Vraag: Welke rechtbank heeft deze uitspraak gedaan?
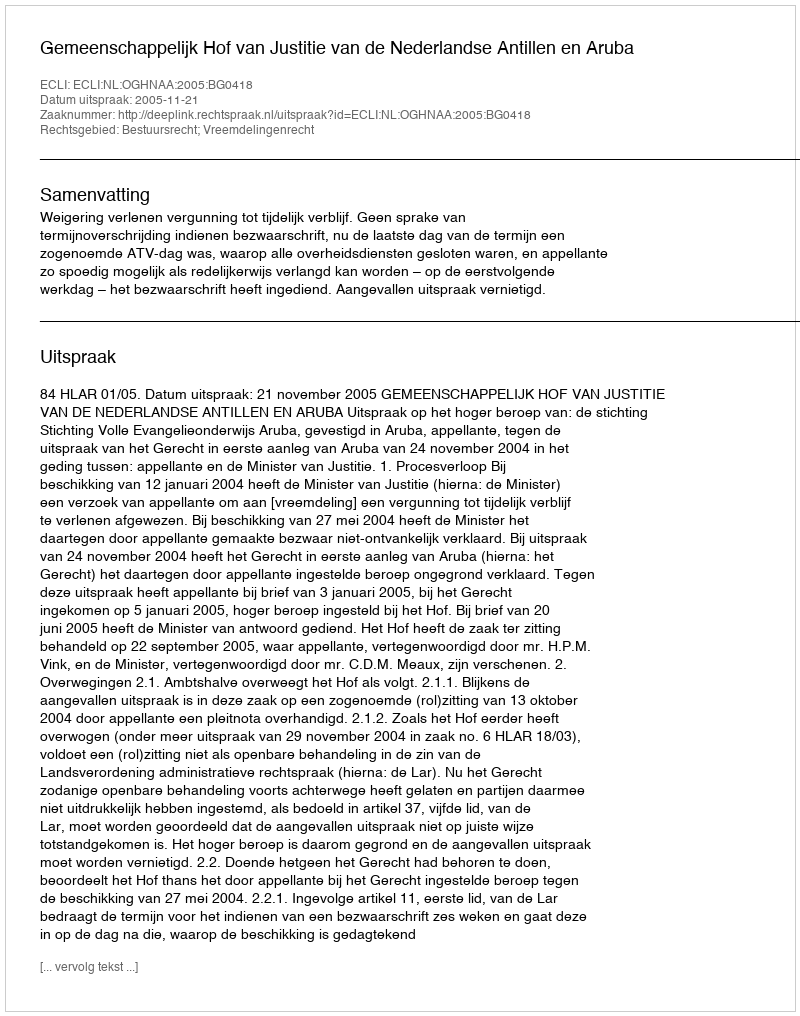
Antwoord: Gemeenschappelijk Hof van Justitie van de Nederlandse Antillen en Aruba